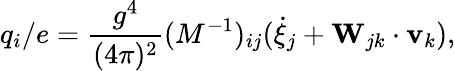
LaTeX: q_{i}/e=\frac{g^{4}}{(4\pi)^{2}}(M^{-1})_{ij}(\dot{\xi}_{j}+{\mathbf W}_{jk}\cdot{\mathbf v}_{k}),